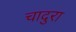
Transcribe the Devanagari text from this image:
चादुरा